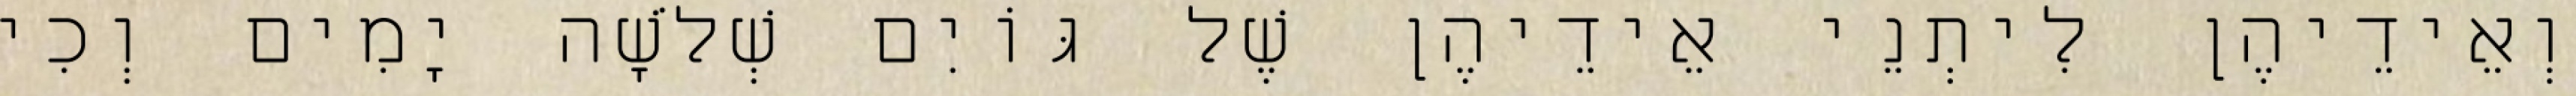
וְאֵידֵיהֶן לִיתְנֵי אֵידֵיהֶן שֶׁל גּוֹיִם שְׁלֹשָׁה יָמִים וְכִי